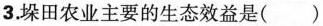
3.垛田农业主要的生态效益是()